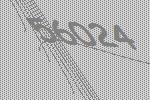
56024